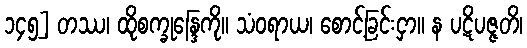
၁၄၅] တဿ၊ ထိုစက္ခုန္ဒြေကို။ သံဝရာယ၊ စောင့်ခြင်းငှာ။ န ပဋိပဇ္ဇတိ၊